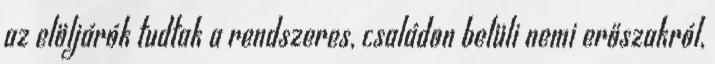
az elöljárók tudtak a rendszeres, családon belüli nemi erőszakról,